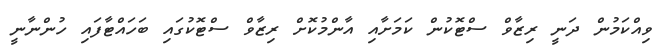
ވިއްކަމުން ދަނީ ރިޒާވް ސްޓޮކުން ކަމަށާއި އާންމުކޮށް ރިޒާވް ސްޓޮކުގައި ބަހައްޓާފައި ހުންނާނީ